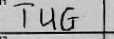
Transcription: TUG